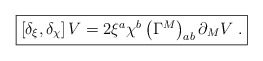
\begin{align*}\fbox{$\left[ \delta _{\xi },\delta _{\chi }\right] V=2\xi ^{a}\chi^{b}\left( \Gamma ^{M}\right) _{ab}\partial _{M}V$\ .} \end{align*}